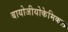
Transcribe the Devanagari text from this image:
बायोजीयोकेमिकल